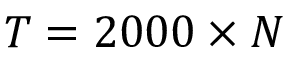
T = 2 0 0 0 \times N